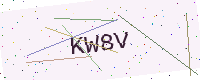
Text: KW8V